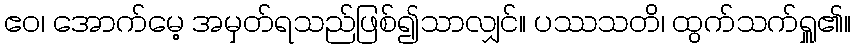
ဧဝ၊ အောက်မေ့ အမှတ်ရသည်ဖြစ်၍သာလျှင်။ ပဿသတိ၊ ထွက်သက်ရှူ၏။